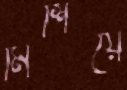
মিশিয়ে